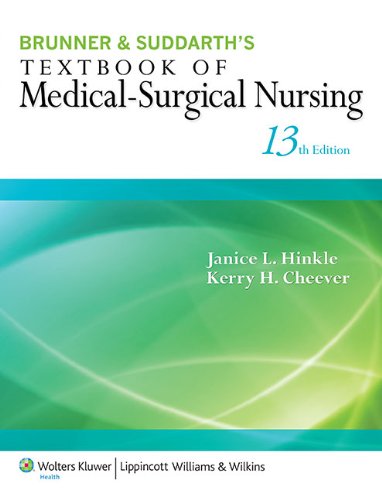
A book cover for Brunner & Suddarth's Textbook of Medical-Surgical Nursing (Textbook of Medical-Surgical Nursing- 13th ed); Janice L. Hinkle PhD  RN  CNRN; Medical Books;